Lunatic asylums in Bengal annual reports 1899-1911 - 1899-1911
Year: 1899
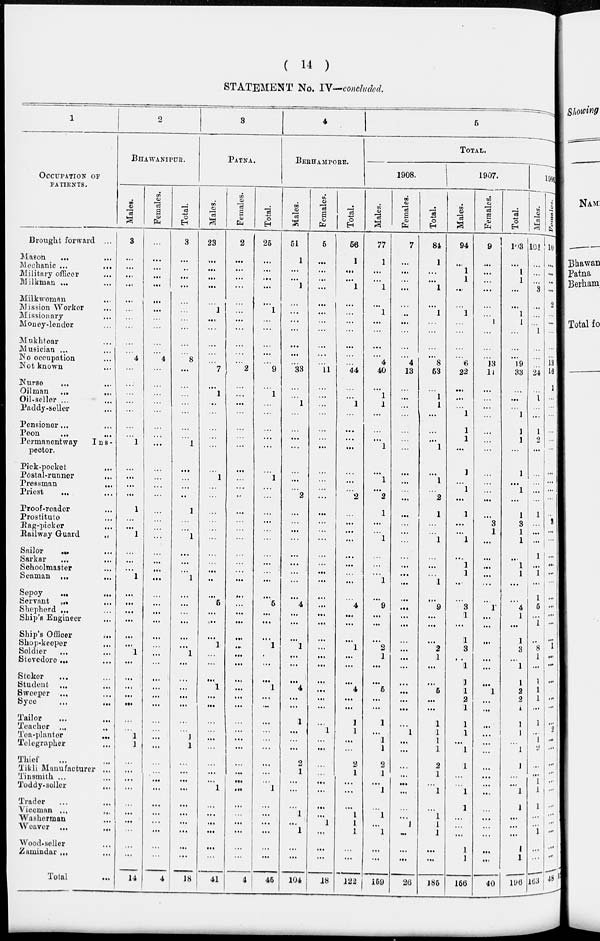
( 14 )
STATEMENT No. IV—concluded.
1
OCCUPATION OF
PATIENTS.
Brought forward
...
Mason
...
...
Mechanic ...
...
Military officer
...
Milkman ...
...
Milk woman ...
Mission Worker ...
Missionary
...
Money-lender ...
Mukhtear
...
Musician ... ...
No occupation ...
Not known ...
Nurse
...
...
Oilman
...
...
Oil-seller ... ...
Paddy-seller ...
Pensioner ... ...
Peon ... ...
Permanentway
I n s -
pector.
Pick-pocket ...
Postal-runner ...
Pressman ...
Priest ... ...
Proof-reader ...
Prostitute ...
Rag-picker ...
Railway Guard
...
Sailor ... ...
Sarkar ... ...
Schoolmaster ...
Seaman
...
...
Sepoy
...
...
Servant ... ...
Shepherd ... ...
Ship's Engineer ...
Ship's Officer ...
Shop-keeper ...
Soldier ... ...
Stovedore ... ...
Stoker ... ...
Student ... ...
Sweeper ... ...
Syce
...
...
Tailor ... ...
Teacher
... ...
Tea-plantor
...
Telegrapher ...
Thief ... ...
Tikli Manufacturer ...
Tinsmith ... ...
Toddy-seller ...
Trader
... ...
Viceman ... ...
Washerman ...
Weaver
... ...
Wood-seller ...
Zamindar ... ...
Total ...
2
BHAWANIPOR.
Males.
3
...
...
...
...
...
...
...
...
...
...
4
...
...
...
...
...
...
...
1
...
...
...
...
1
...
...
1
...
...
...
1
...
...
...
...
...
...
1
...
...
...
...
...
...
...
1
1
...
...
...
...
...
...
...
...
...
...
14
Females.
...
...
...
...
...
...
...
...
...
...
...
4
...
...
...
...
...
...
...
...
...
...
...
...
...
...
...
...
...
...
...
...
...
...
...
...
...
...
...
...
...
...
...
...
...
...
...
...
...
...
...
...
...
...
...
...
...
...
4
Total.
3
...
...
...
...
...
...
...
...
...
...
8
...
...
...
...
...
...
...
1
...
...
...
...
1
...
...
1
...
...
...
1
...
...
...
...
...
...
1
...
...
...
...
...
...
...
1
1
...
...
...
...
...
...
...
...
...
...
18
3
PATNA.
Males.
23
...
...
...
...
...
1
...
...
...
...
...
7
...
1
...
...
...
...
...
...
1
...
...
...
...
...
...
...
...
...
...
...
5
...
...
...
1
...
...
...
1
...
...
...
...
...
...
...
...
...
1
...
...
...
...
...
...
41
Females.
2
...
...
...
...
...
...
...
...
...
...
...
2
...
...
...
...
...
...
...
...
...
...
...
...
...
...
...
...
...
...
...
...
...
...
...
...
...
...
...
...
...
...
...
...
...
...
...
...
...
...
...
...
...
...
...
...
...
4
Total.
25
...
...
...
...
...
1
...
...
...
...
...
9
...
1
...
...
...
...
...
...
1
...
...
...
...
...
...
...
...
...
...
...
5
...
...
...
1
...
...
...
1
...
...
...
...
...
...
...
...
...
1
...
...
...
...
...
...
45
4
BERHAMPORE.
Males.
51
1
...
...
1
...
...
...
...
...
...
...
33
...
...
1
...
...
...
...
...
...
...
2
...
...
...
...
...
...
...
...
...
4
...
...
...
1
...
...
...
4
...
...
1
...
...
...
2
1
...
...
...
1
...
1
...
...
104
Females.
5
...
...
...
...
...
...
...
...
...
...
...
11
...
...
...
...
...
...
...
...
...
...
...
...
...
...
...
...
...
...
...
...
...
...
...
...
...
...
...
...
...
...
...
...
1
...
...
...
...
...
...
...
...
1
...
...
...
18
Total.
56
1
...
...
1
...
...
...
...
...
...
...
44
...
...
1
...
...
...
...
...
...
...
2
...
...
...
...
...
...
...
...
...
4
...
...
...
1
...
...
...
4
...
...
1
1
...
...
2
1
...
...
...
1
1
1
...
...
122
5
TOTAL.
1908.
Males.
77
1
...
...
1
...
1
...
...
...
...
4
40
...
1
1
...
...
...
1
...
1
...
2
1
...
...
1
...
...
...
1
...
9
...
...
...
2
1
...
...
5
...
...
1
...
1
1
2
1
...
1
...
1
...
1
...
...
159
Females.
7
...
...
...
...
...
...
...
...
...
...
4
13
...
...
...
...
...
...
...
...
...
...
...
...
...
...
...
...
...
...
...
...
...
...
...
...
...
...
...
...
...
...
...
...
1
...
...
...
...
...
...
...
...
1
...
...
...
26
Total.
84
1
...
...
1
...
1
...
...
...
...
8
53
...
1
1
...
...
...
1
...
1
...
2
1
...
...
1
...
...
...
1
...
9
...
...
...
2
1
...
...
5
...
...
1
1
1
1
2
1
...
1
...
1
1
1
...
...
185
1907.
Males.
94
...
1
1
...
...
1
...
...
...
...
6
22
...
...
...
1
1
1
...
1
...
1
...
1
.. .
...
1
...
1
1
...
...
3
1
...
1
3
...
1
1
1
2
1
1
1
...
1
1
...
...
1
1
...
...
...
1
1
156
Females.
9
...
...
...
...
...
...
1
...
...
...
13
11
...
...
...
...
...
...
...
...
...
...
...
...
3
1
...
...
...
...
...
...
1
...
...
...
...
...
...
...
1
...
...
...
...
...
...
...
...
...
...
...
...
...
...
...
...
40
Total.
103
...
1
1
...
...
1
1
...
...
...
19
33
...
...
...
1
1
1
...
1
...
1
...
1
3
1
1
...
1
1
...
...
4
1
...
1
3
...
1
1
2
2
1
1
1
...
1
1
...
...
1
1
...
...
...
1
1
196
1906
Males.
101
...
...
...
3
...
...
...
1
...
...
...
24
...
1
...
...
1
2
...
...
...
...
...
1
...
...
...
1
...
1
...
1
5
...
1
...
8
1
...
1
1
1
...
1
...
...
2
...
...
...
1
...
...
...
1
...
...
163
Females.
10
...
...
...
...
2
...
...
...
...
...
13
16
1
...
...
...
...
...
...
...
...
...
...
...
3
...
...
...
...
...
...
...
...
...
...
...
1
...
...
...
...
...
...
...
2
...
...
...
...
...
...
...
...
...
...
...
...
48